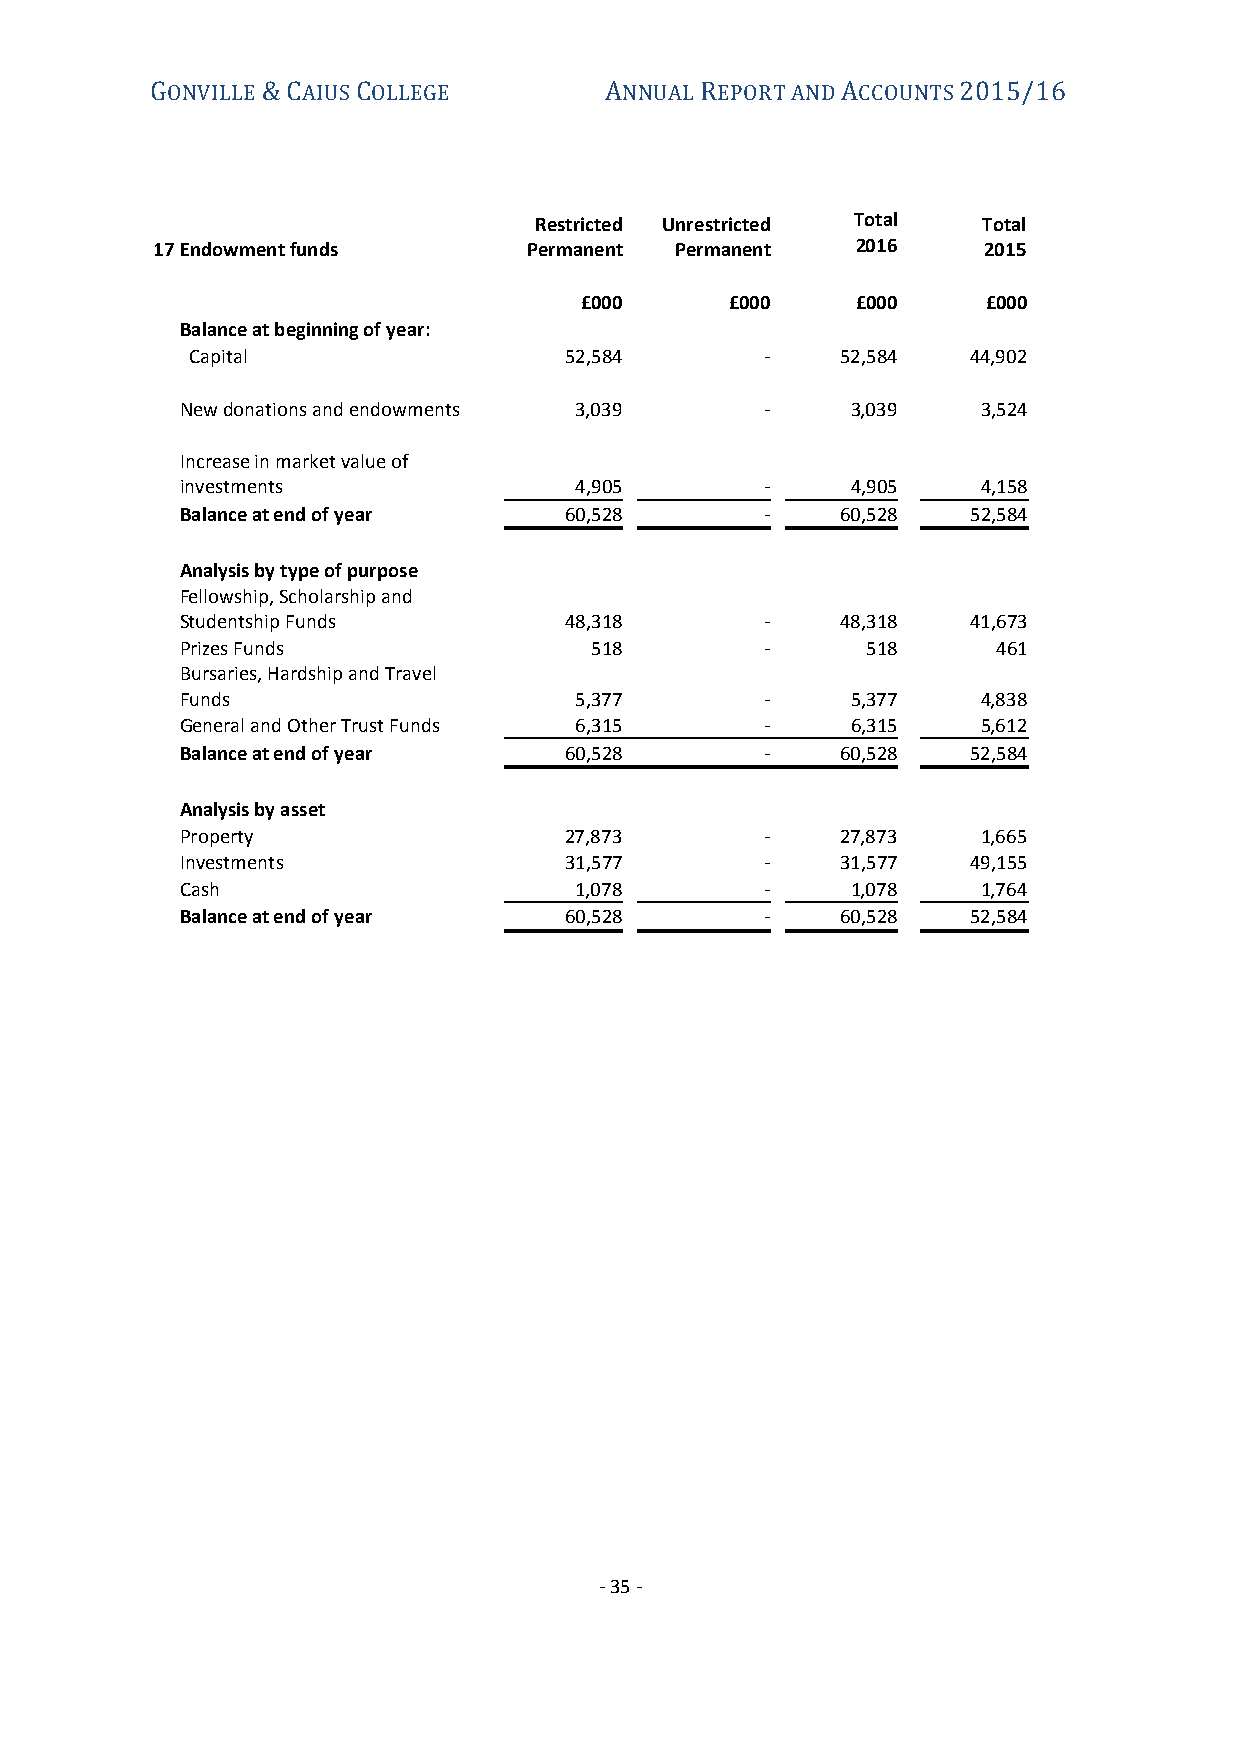
GONVILLE & CAIUS COLLEGE      ANNUAL REPORT AND ACCOUNTS 2015/16
 Restricted Unrestricted Total Total
 17 Endowment funds       Permanent Permanent   2016    2015
 £000      £000     £000    £000
 Balance at beginning of year:
 Capital                 52,584        -    52,584  44,902
 New donations and endowments 3,039     -    3,039    3,524
 Increase in market value of
 investments               4,905        -    4,905    4,158
 Balance at end of year   60,528        -    60,528  52,584
 Analysis by type of purpose
 Fellowship, Scholarship and
 Studentship Funds        48,318        -    48,318  41,673
 Prizes Funds               518         -     518      461
 Bursaries, Hardship and Travel
 Funds                     5,377        -    5,377    4,838
 General and Other Trust Funds 6,315    -    6,315    5,612
 Balance at end of year   60,528        -    60,528  52,584
 Analysis by asset
 Property                 27,873        -    27,873   1,665
 Investments              31,577        -    31,577  49,155
 Cash                      1,078        -    1,078    1,764
 Balance at end of year   60,528        -    60,528  52,584
 - 35 -